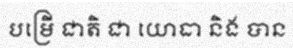
បម្រើ ជាតិ ជា យោធា និង បាន